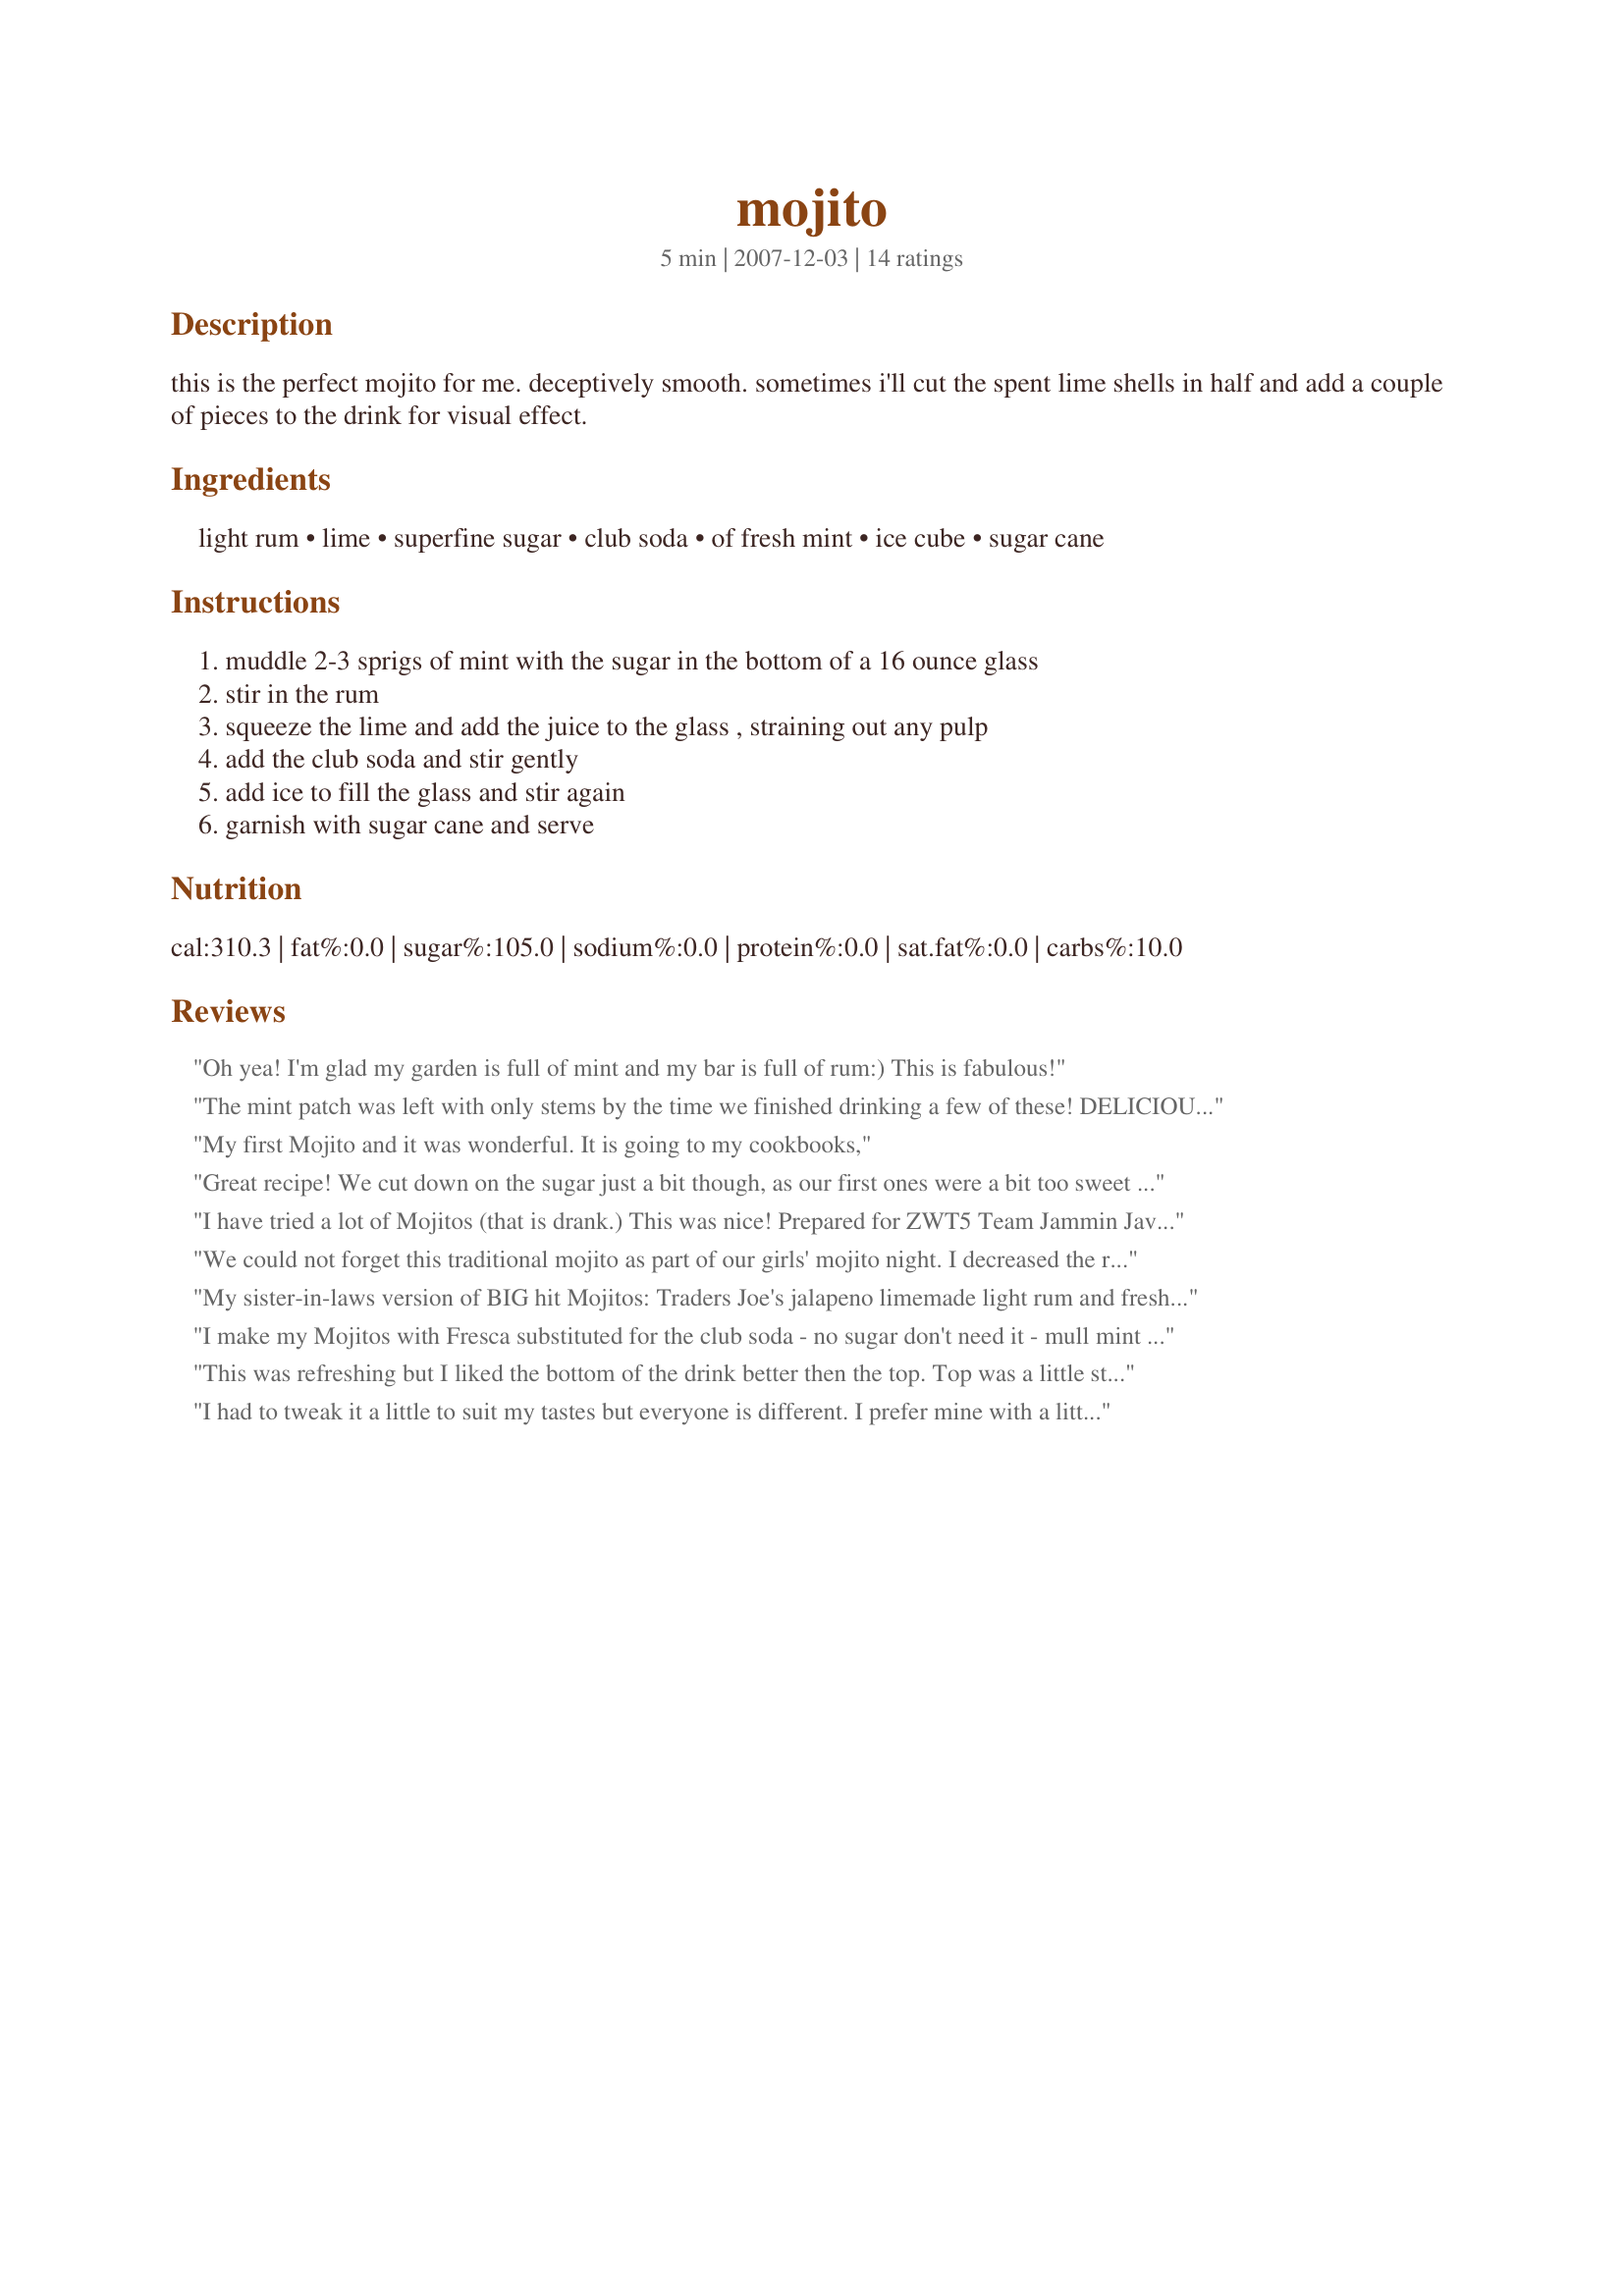
mojito
Preparation time: 5 minutes

this is the perfect mojito for me. deceptively smooth. sometimes i'll cut the spent lime shells in half and add a couple of pieces to the drink for visual effect.

Ingredients:
light rum, lime, superfine sugar, club soda, of fresh mint, ice cube, sugar cane

Steps:
muddle 2-3 sprigs of mint with the sugar in the bottom of a 16 ounce glass, stir in the rum, squeeze the lime and add the juice to the glass , straining out any pulp, add the club soda and stir gently, add ice to fill the glass and stir again, garnish with sugar cane and serve

Reviews:
Oh yea! I'm glad my garden is full of mint and my bar is full of rum:) This is fabulous!
The mint patch was left with only stems by the time we finished drinking a few of these! DELICIOUS and refreshing! Thanks! ZWT4
My first Mojito and it was wonderful. It is going to my cookbooks,
Great recipe! We cut down on the sugar just a bit though, as our first ones were a bit too sweet for us. Made for the Tastebud Tickling Travellers, ZWT4
I have tried a lot of Mojitos (that is drank.) This was nice! Prepared for ZWT5 Team Jammin Java Jivers.
We could not forget this traditional mojito as part of our girls' mojito night. I decreased the rum (so many to try, didn't want to over do it!) Decreased the sugar a little and still loving it! I plan to have more mojito nights in the future. I got a nice start of a mint plant from my MIL (she probably thinks I want to make tea! wink wink) and so I will be armed and ready to make more of these. Made for my Babes for ZWT4. Thanks!
My sister-in-laws version of BIG hit Mojitos: Traders Joe's jalapeno limemade light rum and fresh mint. Excellent
I make my Mojitos with Fresca substituted for the club soda - no sugar don't need it - mull mint is key and add mint as a garnish - makes it skinny YUM!!!!
This was refreshing but I liked the bottom of the drink better then the top. Top was a little strong and the bottom was just right. I think the next one I make I'll also add some simple syrup so the sweetness is distributed through out the drink. Thank you for posting Sue, this is my second mojito I've tried. I made this for *Zaar World Tour 4* 2008 the Wild Card round *South and Central America* I'm playing on the team *Tastebud Tickling Travelers* Go team go!
I had to tweak it a little to suit my tastes but everyone is different. I prefer mine with a little less rum and sugar and more lime. But this is a great base to make it at home instead of paying through the nose at a bar...especially when I've had some terrible ones at bars!
This is a great drink for the summertime. Thanks, Lorie! Made for New Zealand / Aussie Recipe Swap #13.
I have yet to meet a mojito I didn't like! I made this with Costa Rican Rum. Oh Yum!!! Great recipe.
Zaar World Tour 4. Whine and Cheese.
Absolutely fantastic !!!!!!!! I've got no complaints and I think I love you for sharing this recipe. I'm on my second already. I did cheat and added 3 teaspoons of already squeezed lime juice and I had to use regular sugar, but it all came togehter in a beautiful concoction of minty relaxation. Thanks so much! Made for the Babes of ZWT4.
We aboslutely love Mojitos and this is a great recipe for it. I made it for a small party and everyone really enjoyed it! Made for zwt4
